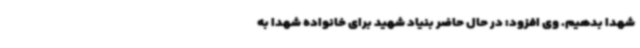
شهدا بدهیم. وی افزود: در حال حاضر بنیاد شهید برای خانواده شهدا به